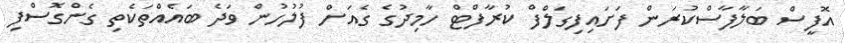
އޮފީސް ބަލާފާސްކުރަން ފަށައިފިގަލްފް ކުރާފްޓް ހާމިދުގެ ގެއަށް ފުލުހުން ވަދެ ބައެއްތަކެތި ގެންގޮސްފި